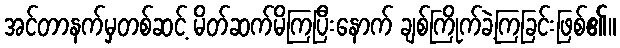
အင်တာနက်မှတစ်ဆင့် မိတ်ဆက်မိကြပြီးနောက် ချစ်ကြိုက်ခဲ့ကြခြင်းဖြစ်၏။